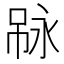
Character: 𠶇